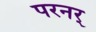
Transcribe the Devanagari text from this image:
परनर्